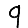
Digit: 9